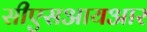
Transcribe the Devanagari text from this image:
सीएसआयआर